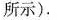
所示).